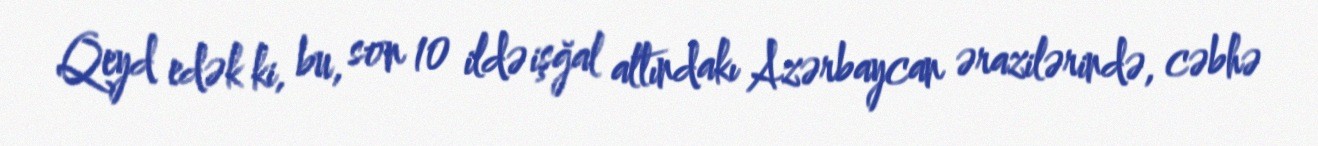
Qeyd edək ki, bu, son 10 ildə işğal altındakı Azərbaycan ərazilərində, cəbhə